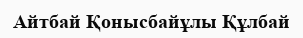
Айтбай Қонысбайұлы Құлбай